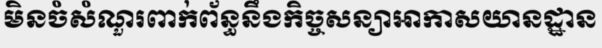
មិនចំសំណួរពាក់ព័ន្ធនឹងកិច្ចសន្យាអាកាសយានដ្ឋាន